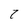
Character: 7